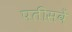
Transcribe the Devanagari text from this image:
पतीसवें